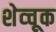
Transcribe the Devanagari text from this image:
शेव्चूक